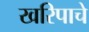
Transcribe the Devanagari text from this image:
खरिपाचे